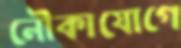
নৌকাযোগে